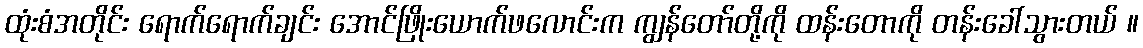
ထုံးစံအတိုင်း ရောက်ရောက်ချင်း အောင်ဖြိုးယောက်ဖလောင်းက ကျွန်တော်တို့ကို ထန်းတောကို တန်းခေါ်သွားတယ် ။